Leaving Certificate Examination (including Day School Certificate (Higher) General paper), 1938
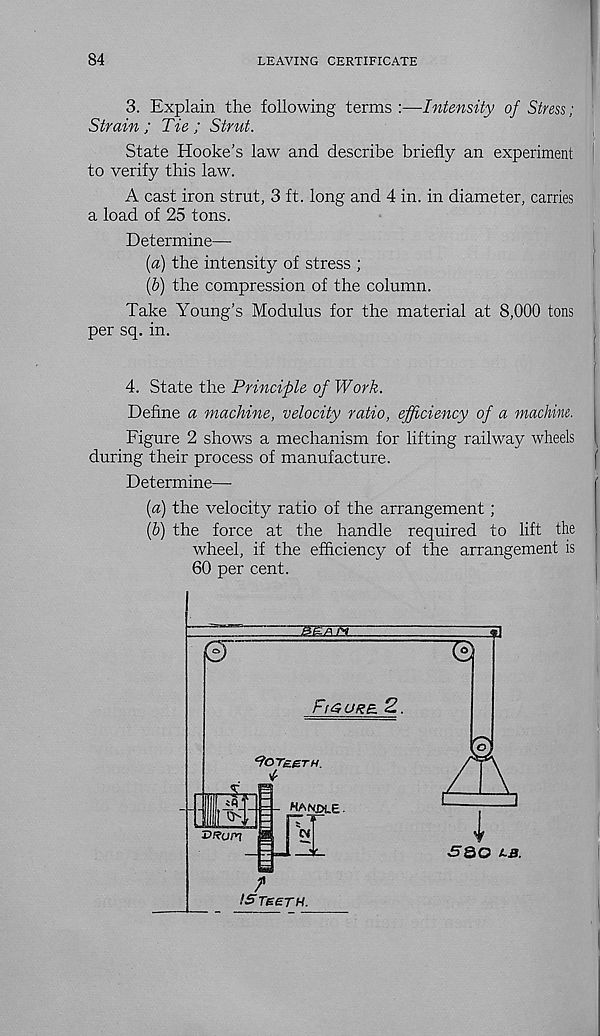
84
LEAVING CERTIFICATE
3. Explain the following terms :—Intensity of Stress;
Strain ; Tie ; Strut.
State Hooke's law and describe briefly an experiment
to verify this law.
A cast iron strut, 3 ft. long and 4 in. in diameter, carries
a load of 25 tons.
Determine—
[а) the intensity of stress ;
(б) the compression of the column.
Take Young’s Modulus for the material at 8,000 tons
per sq. in.
4. State the Principle of Work.
Define a machine, velocity ratio, efficiency of a machine.
Figure 2 shows a mechanism for lifting railway wheels
during their process of manufacture.
Determine—
(а) the velocity ratio of the arrangement;
(б) the force at the handle required to lift the
wheel, if the efficiency of the arrangement is
60 per cent.
©
Q
Figure. 2..
^foTs.e.TH.
iA
J- HANDLE
-t
A
I
^•ao /.a
/
IStseth.